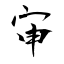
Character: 审